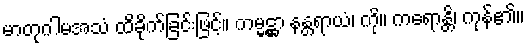
မာတုဂါမအသံ ထိခိုက်ခြင်းဖြင့်။ ကမ္မဋ္ဌာ နန္တရာယံ၊ ကို။ ကရောန္တိ၊ ကုန်၏။